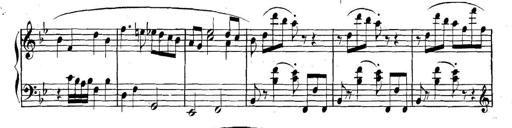
Title: Collected Piano Sonatas
Composer: Muzio Clementi